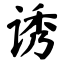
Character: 诱